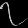
Digit: ၇